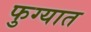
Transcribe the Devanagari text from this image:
फुग्यात